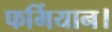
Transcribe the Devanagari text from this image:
फर्मियान।